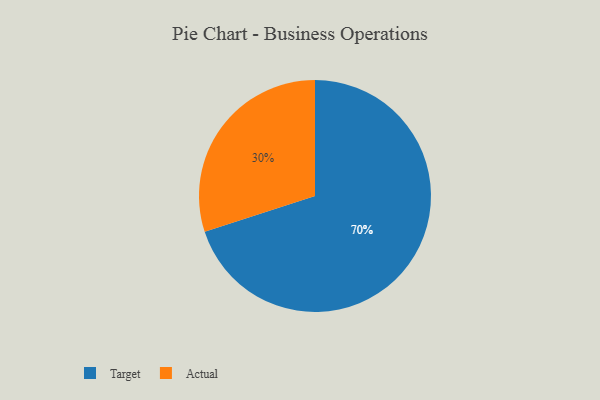
{"axis": {"x": "Category", "y": "Percentage"}, "legend": ["Actual", "Target"], "data": [{"x": "Target", "y": 70, "type": "Target"}, {"x": "Actual", "y": 30, "type": "Actual"}]}